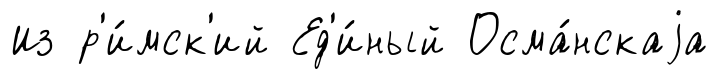
Из р'и́мск'ий Ед'и́ный Осма́нскаjа